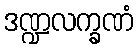
ဒဏ္ဍလက္ခဏံ